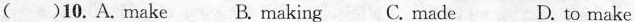
( )10.A.make B. making C. made D. to make